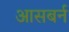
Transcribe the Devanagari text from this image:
आसबर्न